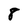
Character: 8